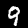
Digit: 9